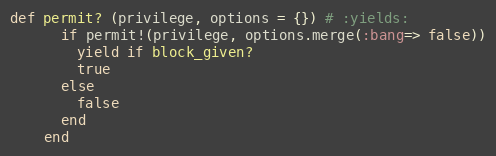
Language: Ruby
def permit? (privilege, options = {}) # :yields:
      if permit!(privilege, options.merge(:bang=> false))
        yield if block_given?
        true
      else
        false
      end
    end